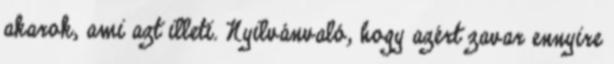
akarok, ami azt illeti. Nyilvánvaló, hogy azért zavar ennyire